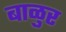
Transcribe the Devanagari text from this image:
बाळुर